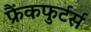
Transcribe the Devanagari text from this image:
फ्रैंकफुर्टर्स